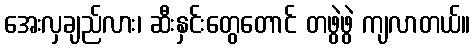
အေးလှချည်လား၊ ဆီးနှင်းတွေတောင် တဖွဲဖွဲ ကျလာတယ်။